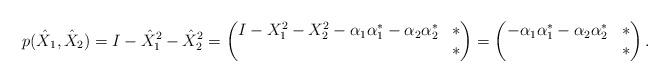
LaTeX: \begin{align*}p(\hat X_1,\hat X_2) & = I - \hat X_1^2-\hat X_2^2=\begin{pmatrix}I-X_1^2-X_2^2-\alpha_1\alpha_1^* -\alpha_2\alpha_2^* & *\\* & *\end{pmatrix} = \begin{pmatrix}-\alpha_1\alpha_1^* -\alpha_2\alpha_2^* & *\\* & *\end{pmatrix}.\end{align*}